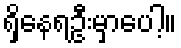
ရှိနေရဦးမှာပေါ့။